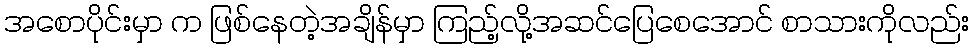
အစောပိုင်းမှာ က ဖြစ်နေတဲ့အချိန်မှာ ကြည့်လို့အဆင်ပြေစေအောင် စာသားကိုလည်း